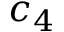
c _ { 4 }